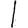
Digit: 1